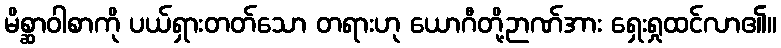
မိစ္ဆာဝါစာကို ပယ်ရှားတတ်သော တရားဟု ယောဂီတို့ဉာဏ်အား ရှေးရှုထင်လာ၏။